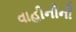
વાહીનીની